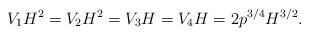
LaTeX: \begin{align*}V_1H^2 =V_2H^2 = V_3H = V_4H = 2p^{3/4} H^{3/2}. \end{align*}